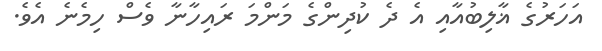
އަހަރުގެ ޣާލިބުއާއި އެ ދެ ކުދިންގެ މަންމަ ރައިހާނާ ވެސް ހިމެނެ އެވެ.